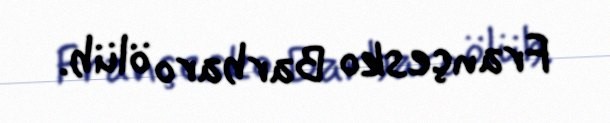
Françesko Barbaro ölüb.